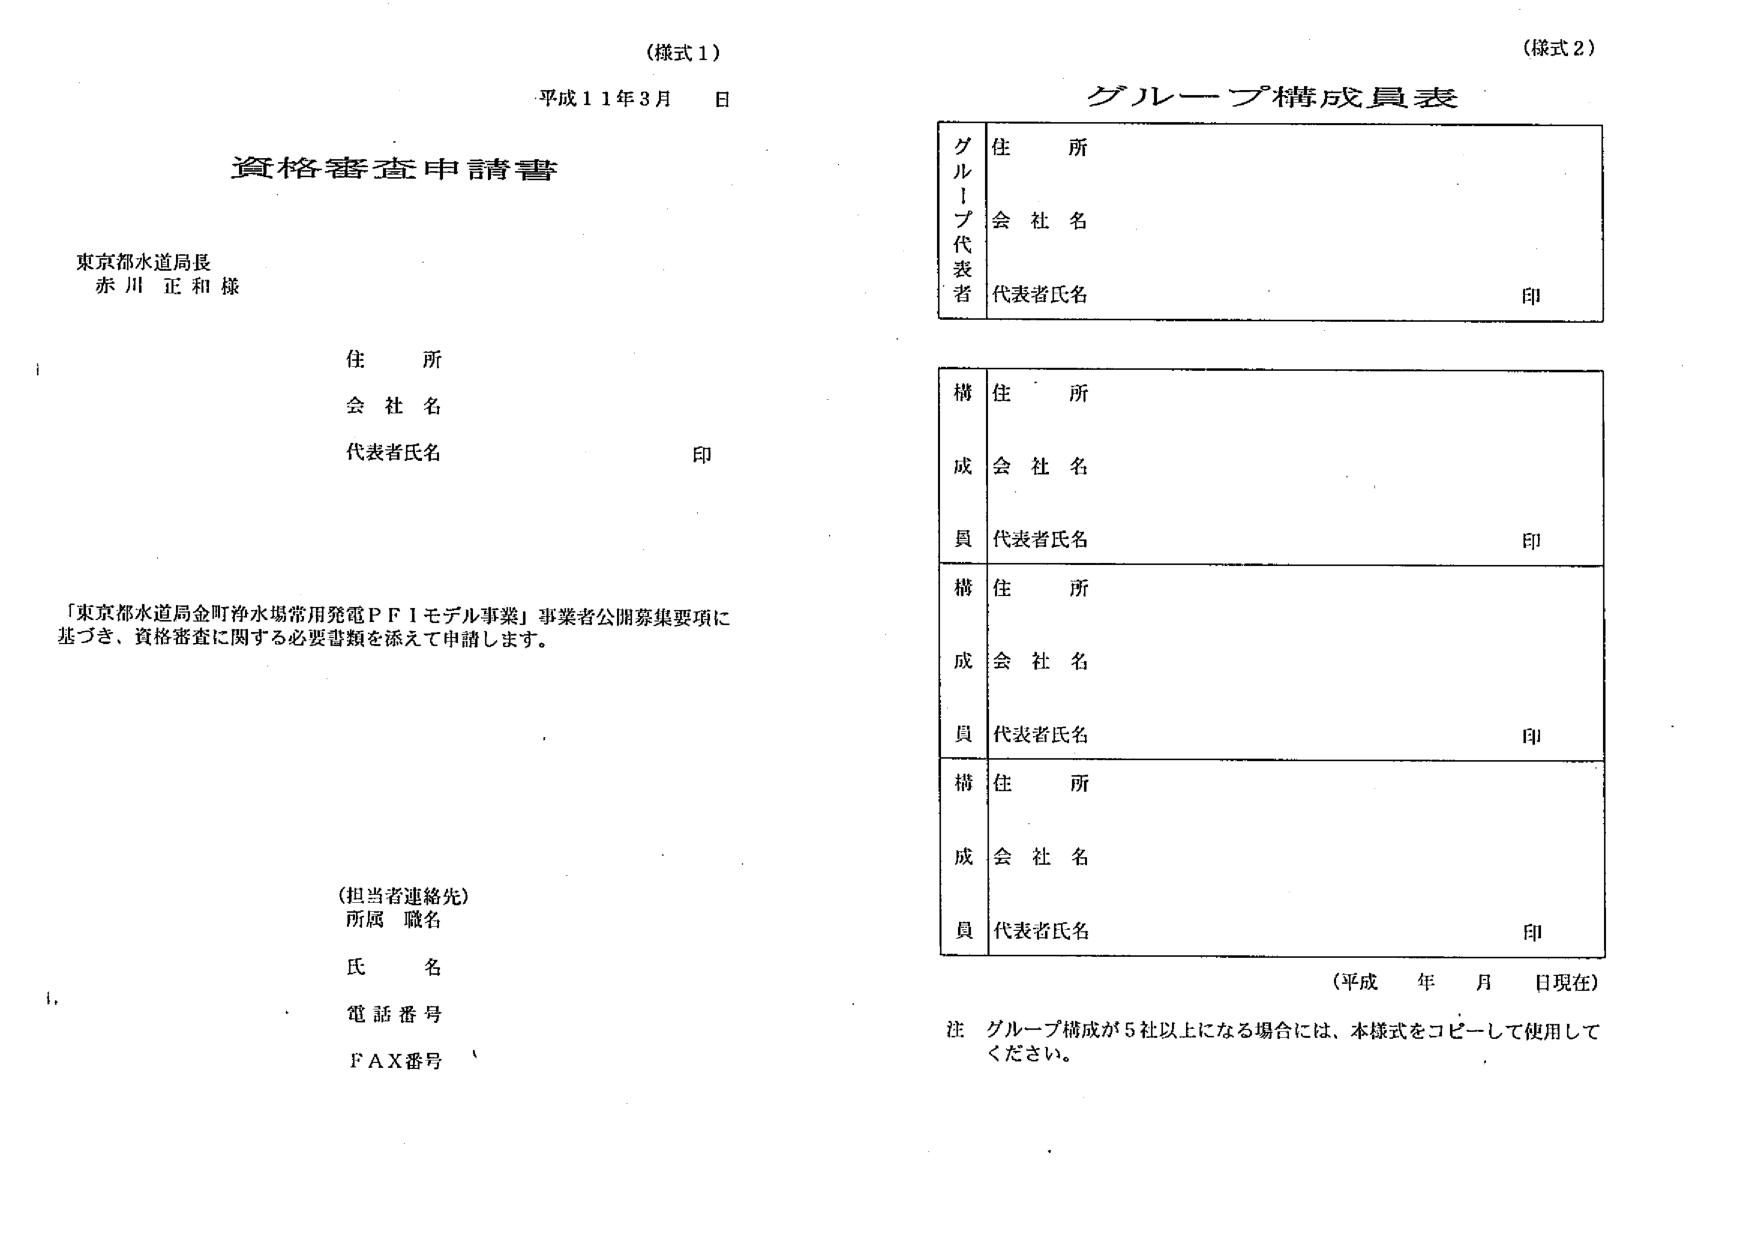
（様式１）
平成１１年３月　日

資格審査申請書

東京都水道局長
赤川 正和 様

住所
会社名
代表者氏名